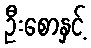
ဦးစောနှင့်